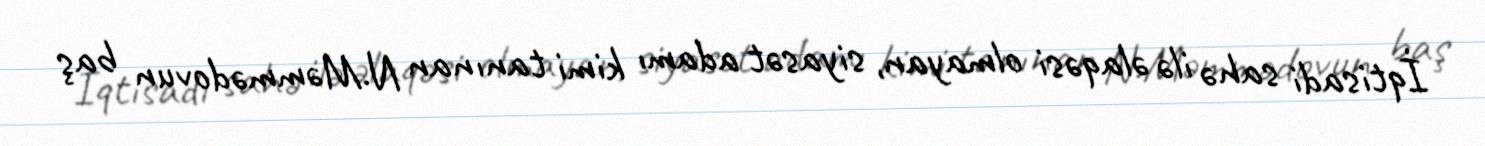
İqtisadi sahə ilə əlaqəsi olmayan, siyasət adamı kimi tanınan N.Məmmədovun baş